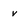
Character: v